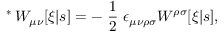
\mathrm { \mathrm { } ~ ^ { * } \! ~ } W _ { \mu \nu } [ \xi | s ] = - \mathrm { \small ~ \frac { 1 } { 2 } ~ } \epsilon _ { \mu \nu \rho \sigma } W ^ { \rho \sigma } [ \xi | s ] ,